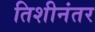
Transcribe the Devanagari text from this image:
तिशीनंतर